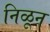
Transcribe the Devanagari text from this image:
निळून